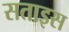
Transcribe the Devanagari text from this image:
सताइस